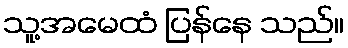
သူ့အမေထံ ပြန်နေ သည်။